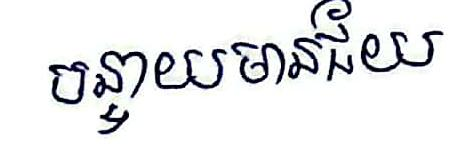
បន្ទាយមានជ័យ